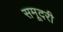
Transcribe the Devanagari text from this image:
समूदरी